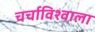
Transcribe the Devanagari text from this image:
चर्चाविश्वाला